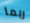
ربما